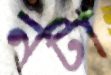
নটা